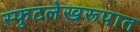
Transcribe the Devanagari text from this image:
स्फुटलेखरूपात